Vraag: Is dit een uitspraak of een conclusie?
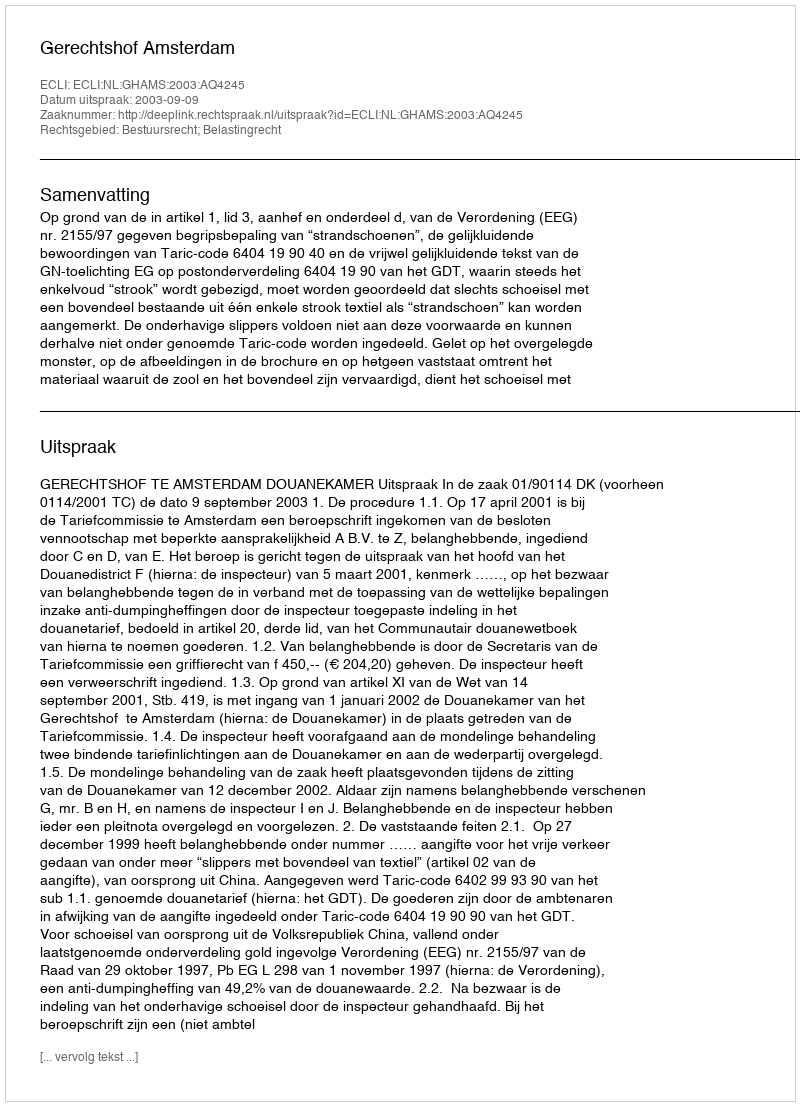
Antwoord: Uitspraak